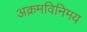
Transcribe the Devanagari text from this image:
अक्रमविनिमय